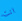
انت